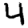
Digit: 4